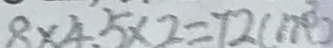
8 \times 4 . 5 \times 2 = 7 2 ( m ^ { 3 } )